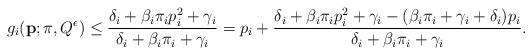
LaTeX: \begin{align*}g_{i}({\bf p};\pi,Q^{\epsilon}) \leq \frac{\delta_{i} + \beta_{i}\pi_{i} p_{i}^{2} + \gamma_{i}}{\delta_{i} + \beta_{i}\pi_{i} + \gamma_{i}} = p_{i} + \frac{\delta_{i} + \beta_{i}\pi_{i} p_{i}^{2} + \gamma_{i} - (\beta_{i}\pi_{i} + \gamma_{i} + \delta_{i})p_{i}}{\delta_{i} + \beta_{i}\pi_{i} + \gamma_{i}}. \end{align*}